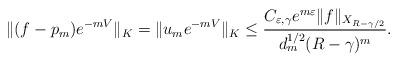
LaTeX: \begin{align*}\|(f-p_m)e^{-mV}\|_K = \|u_me^{-mV}\|_K\leq \dfrac {C_{\varepsilon,\gamma} e^{m\varepsilon}\|f\|_{X_{R-\gamma/2}}} {d_m^{1/2}(R-\gamma)^m}. \end{align*}